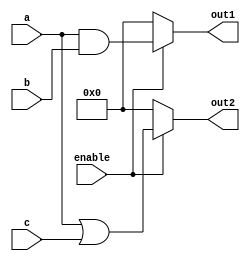
module combinational_logic(
    input wire [3:0] a,      // Example input signal 1
    input wire [3:0] b,      // Example input signal 2
    input wire [3:0] c,      // Example input signal 3
    input wire enable,        // Additional control signal
    output reg [3:0] out1,    // Example output signal 1
    output reg [3:0] out2     // Example output signal 2
);

always @(*) begin
    // Combinational logic calculations
    if (enable) begin
        out1 = a & b;           // Example: AND operation
        out2 = a | c;           // Example: OR operation
    end else begin
        out1 = 4'b0000;         // Default output if disabled
        out2 = 4'b0000;         // Default output if disabled
    end
end

endmodule